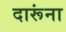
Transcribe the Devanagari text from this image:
दारूंना